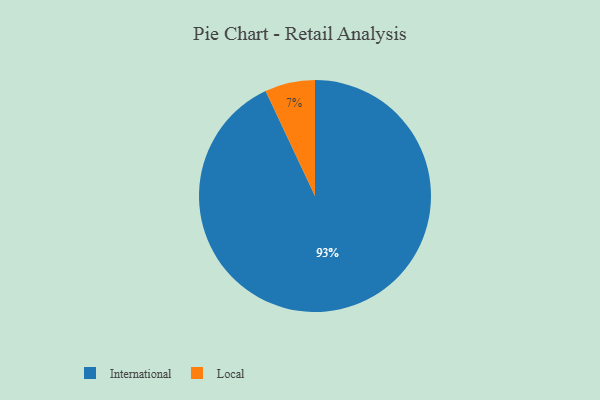
{"axis": {"x": "Category", "y": "Percentage"}, "legend": ["International", "Local"], "data": [{"x": "International", "y": 93, "type": "International"}, {"x": "Local", "y": 7, "type": "Local"}]}